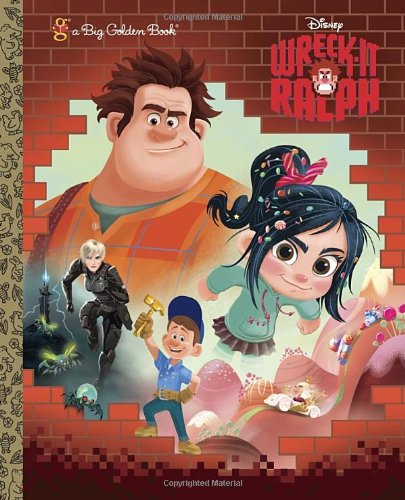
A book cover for Wreck-It Ralph (Disney Wreck-It Ralph) (Big Golden Book); RH Disney; Children's Books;